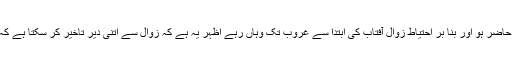
(۳۶۸) واجب ہے کہ نویں ذی الحجہ کو عرفات میں حاضر ہو اور بنا بر احتیاط زوال آفتاب کی ابتدا سے غروب تک وہاں رہے اظہر یہ ہے کہ زوال سے اتنی دیر تاخیر کر سکتا ہے کہ غسل کرکے ظہر و عصر کی نماز ملا کر پڑھ لے۔